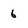
Character: 6